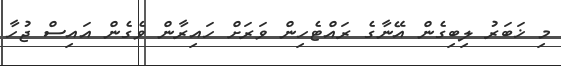
މި ޚަބަރު ލިބިގެން އޭނާގެ ރައްޓެހިން ވަރަށް ހައިރާން ވެގެން އައިސް ޖުހާ